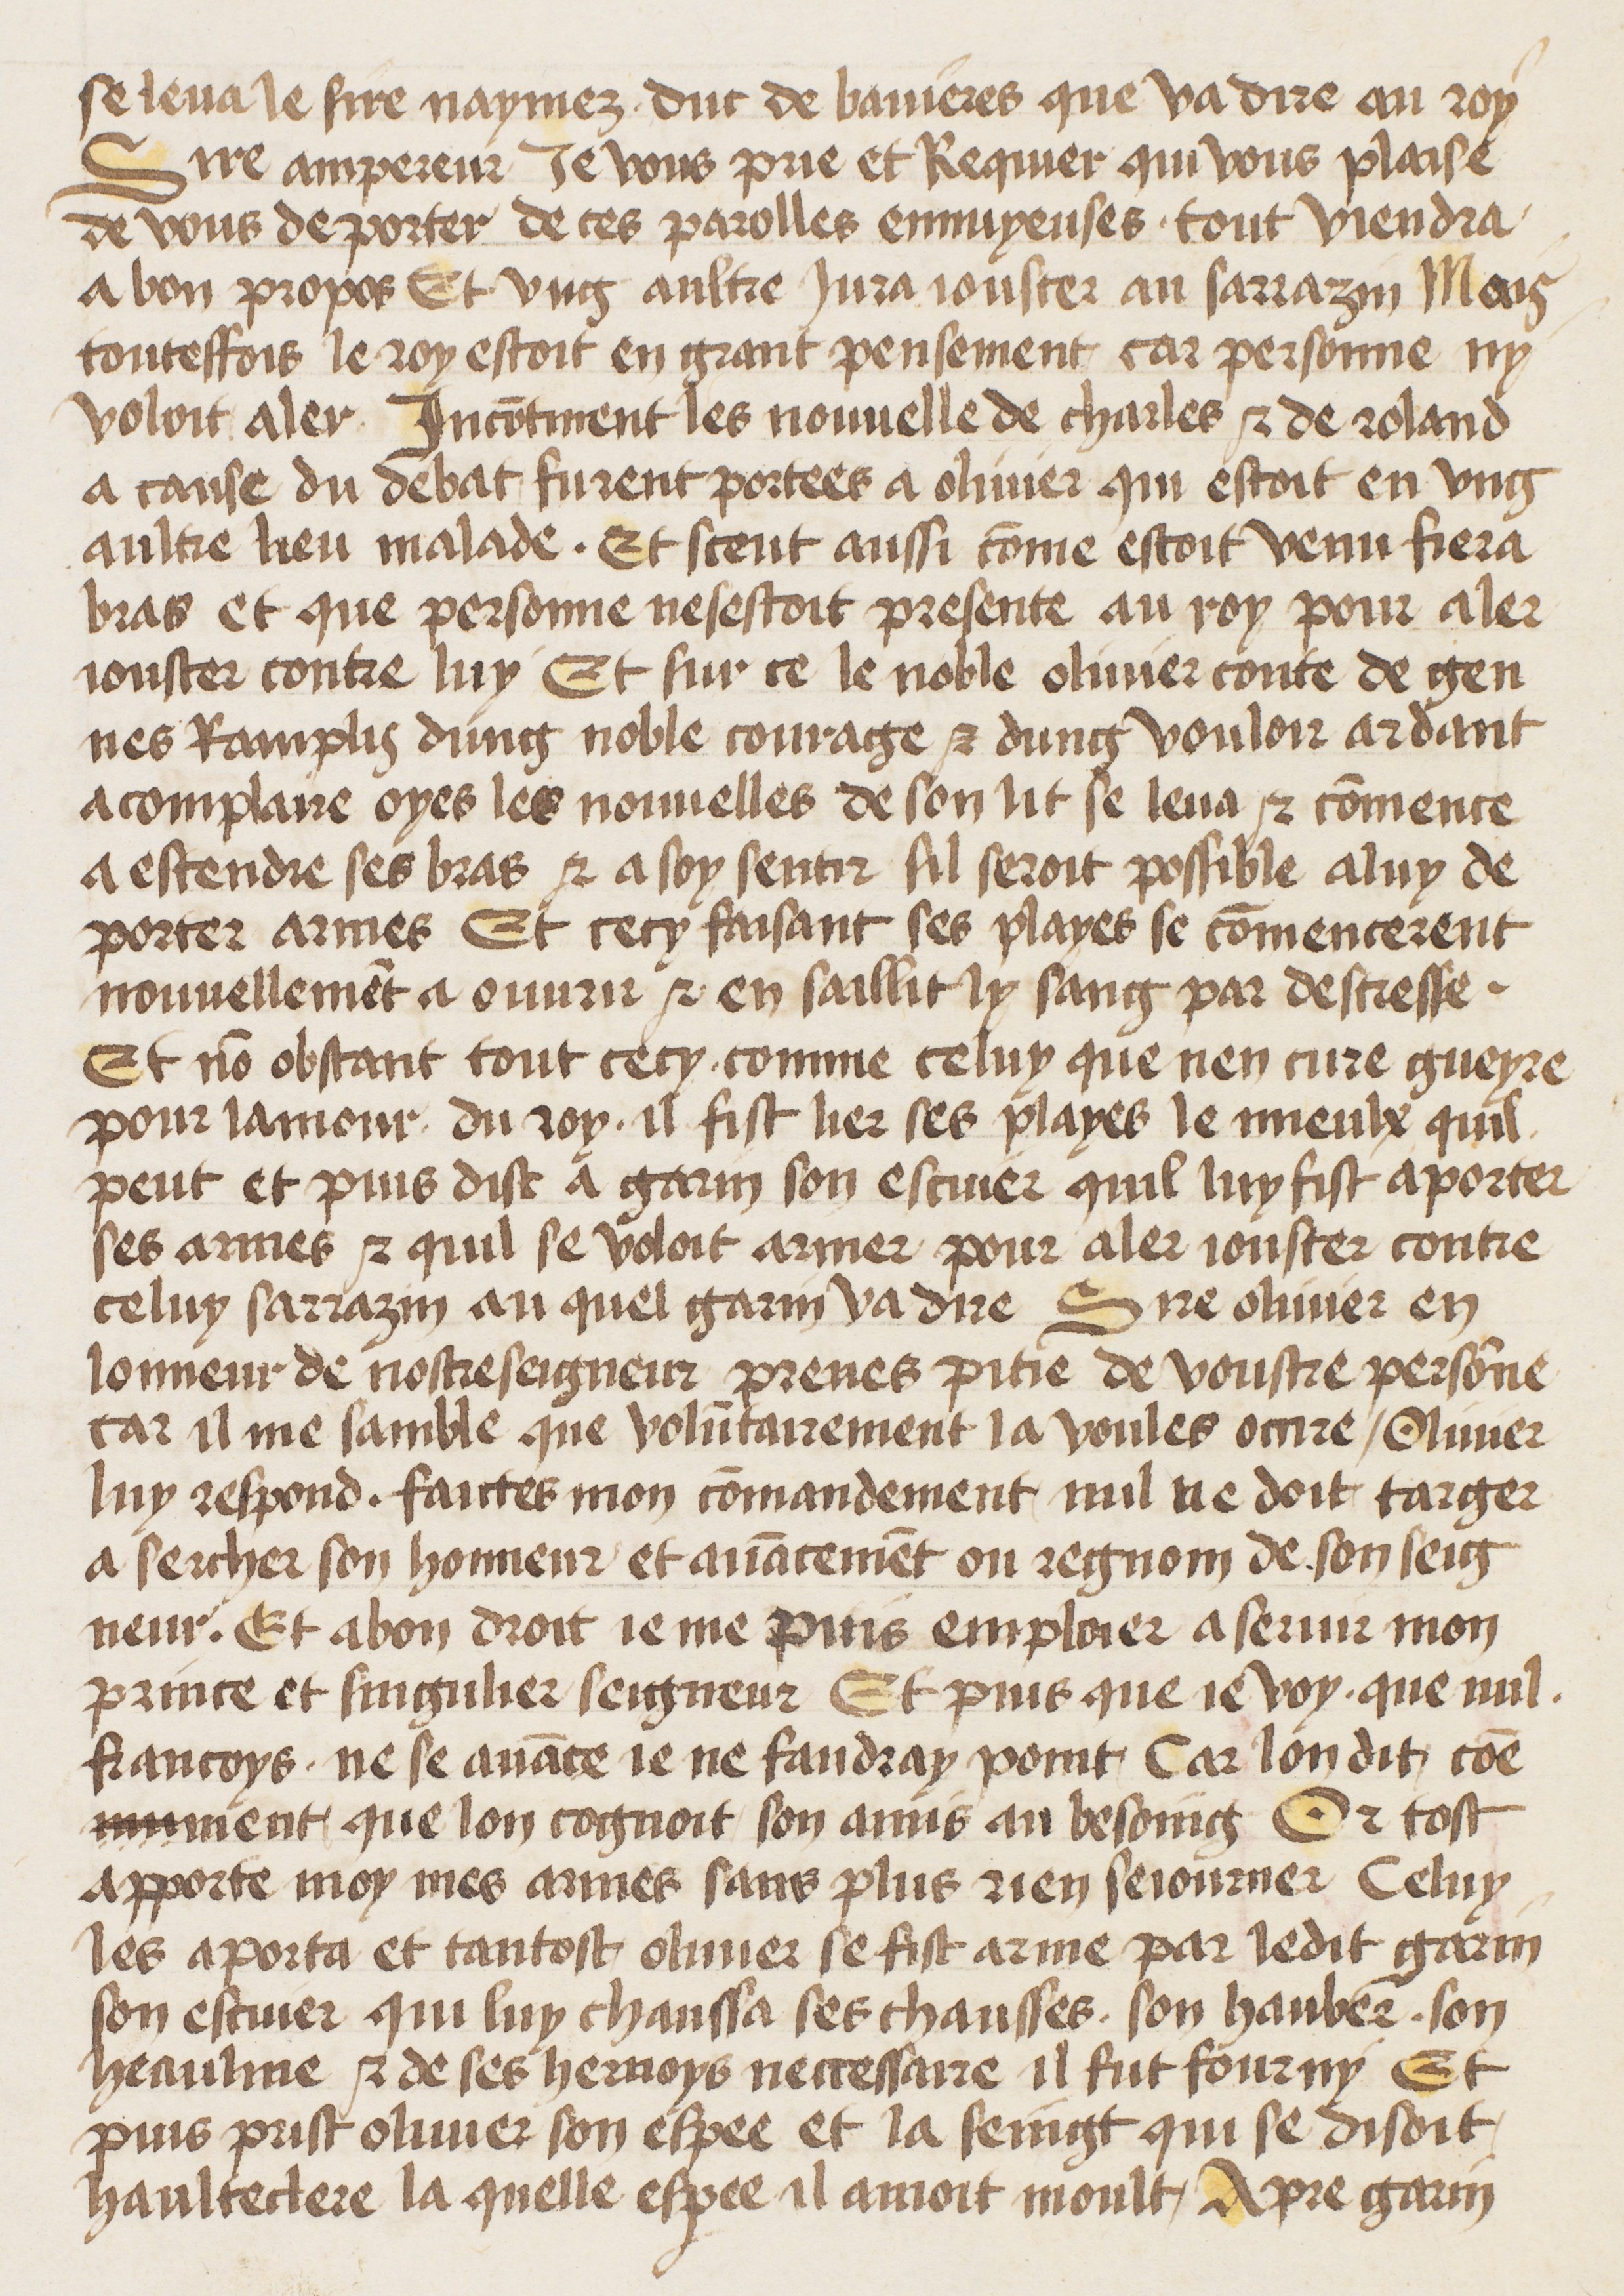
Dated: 1400–1499